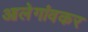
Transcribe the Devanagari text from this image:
आलेगांवकर